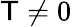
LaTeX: \mathsf{T}\neq0